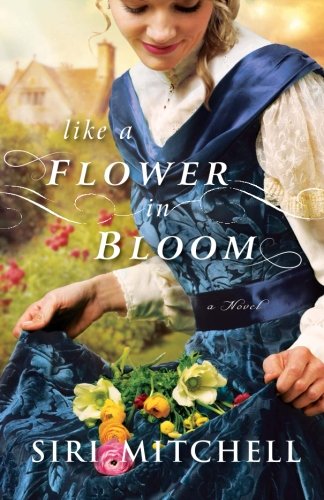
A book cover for Like a Flower in Bloom; Siri Mitchell; Romance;